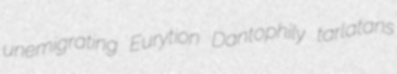
unemigrating Eurytion Dantophily tarlatans